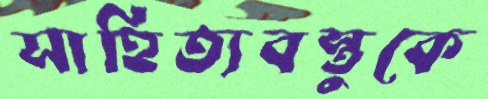
সাহিত্যবস্তুকে